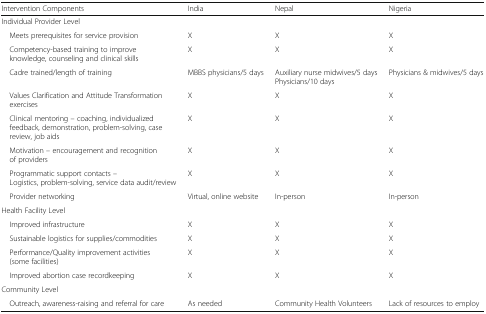
| Intervention Components | India | Nepal | Nigeria |
 | --- | --- | --- | --- |
 | <COLSPAN=4> Individual Provider Level |
 | Meets prerequisites for service provision | X | X | X |
 | Competency-based training to improve knowledge, counseling and clinical skills | X | X | X |
 | Cadre trained/length of training | MBBS physicians/5 days | Auxiliary nurse midwives/5 days Physicians/10 days | Physicians & midwives/5 days |
 | Values Clarification and Attitude Transformation exercises | X | X | X |
 | Clinical mentoring – coaching, individualized feedback, demonstration, problem-solving, case review, job aids | X | X | X |
 | Motivation – encouragement and recognition of providers | X | X | X |
 | Programmatic support contacts – Logistics, problem-solving, service data audit/review | X | X | X |
 | Provider networking | Virtual, online website | In-person | In-person |
 | <COLSPAN=4> Health Facility Level |
 | Improved infrastructure | X | X | X |
 | Sustainable logistics for supplies/commodities | X | X | X |
 | Performance/Quality improvement activities (some facilities) | X | X | X |
 | Improved abortion case recordkeeping | X | X | X |
 | <COLSPAN=4> Community Level |
 | Outreach, awareness-raising and referral for care | As needed | Community Health Volunteers | Lack of resources to employ |